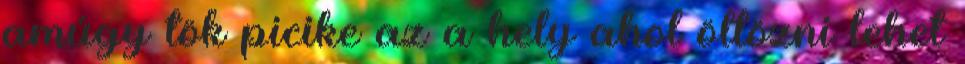
amúgy tök picike az a hely ahol öltözni lehet